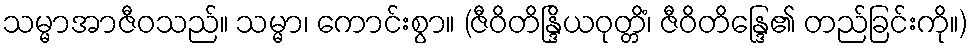
သမ္မာအာဇီဝသည်။ သမ္မာ၊ ကောင်းစွာ။ (ဇီဝိတိန္ဒြိယဝုတ္တိံ၊ ဇီဝိတိန္ဒြေ၏ တည်ခြင်းကို။)